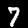
Digit: 7